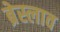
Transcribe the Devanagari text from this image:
ब्रेस्लाव